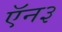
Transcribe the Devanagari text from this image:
ऍन३